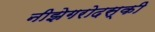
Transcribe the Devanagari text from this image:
नीझेगरोदस्की